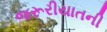
જરૂરીયાતની